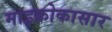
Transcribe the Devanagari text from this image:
माइक्रोकासार